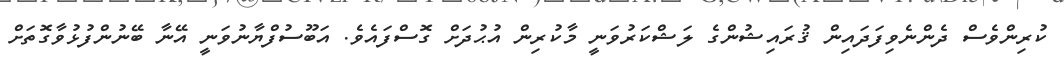
ކުރިންވެސް ދެންނެވިފަދައިން ޤުރައިޝުންގެ ލަޝްކަރުވަނީ މާކުރިން އުޙުދަށް ގޮސްފައެވެ. އަބޫސުފްޔާނުވަނީ އޭނާ ބޭނުންފުޅުވާގޮތަށް